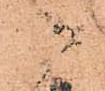
々